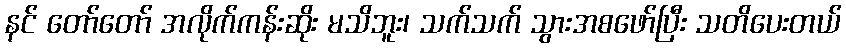
နင် တော်တော် အလိုက်ကန်းဆိုး မသိဘူး၊ သက်သက် သွားအစဖော်ပြီး သတိပေးတယ်